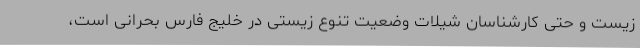
زیست و حتی کارشناسان شیلات وضعیت تنوع زیستی در خلیج فارس بحرانی است،